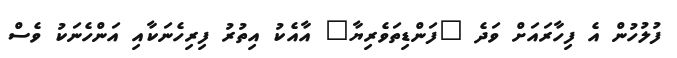
ފުލުހުން އެ ފިހާރައަށް ވަދެ "ފަންޑިތަވެރިޔާ" އާއެކު އިތުރު ފިރިހެނަކާއި އަންހެނަކު ވެސް